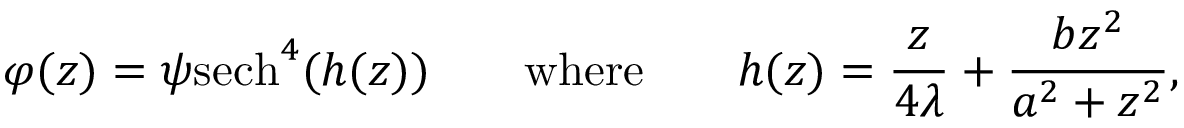
\varphi ( z ) = { \psi } \mathrm { s e c h } ^ { 4 } ( h ( z ) ) \qquad \mathrm { w h e r e } \qquad h ( z ) = { \frac { z } { 4 \lambda } } + { \frac { b z ^ { 2 } } { a ^ { 2 } + z ^ { 2 } } } ,